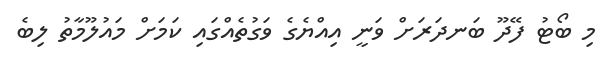
މި ބޯޓު ފޭދޫ ބަނދަރަށް ވަނީ އިއްޔެގެ ވަގުތެއްގައި ކަމަށް މައުލޫމާތު ލިބެ